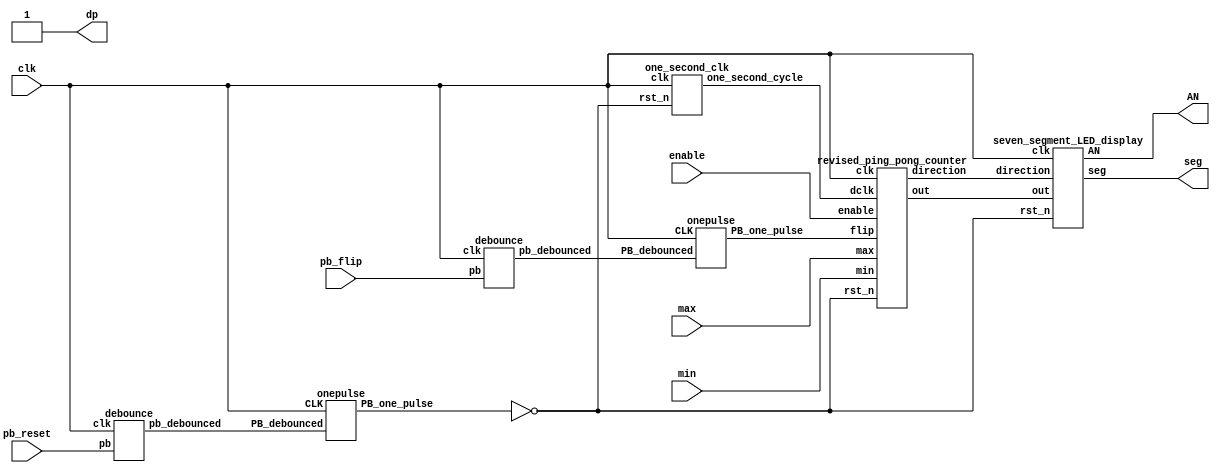
`timescale 10ns / 10ps
//////////////////////////////////////////////////////////////////////////////////
// Company: 
// Engineer: 
// 
// Design Name: 
// Module Name: Lab3_TeamX_Parameterized_Ping_Pong_Counter_fpga
// Project Name: 
// Target Devices: 
// Tool Versions: 
// Description: 
// 
// Dependencies: 
// 
// Revision:
// Revision 0.01 - File Created
// Additional Comments:
// 
//////////////////////////////////////////////////////////////////////////////////


module Lab3_Team30_Parameterized_Ping_Pong_Counter_fpga(clk, pb_reset, enable, pb_flip, max, min, AN, seg, dp);
input clk, pb_reset, pb_flip;
input enable;
input [3:0] max;
input [3:0] min;
output [3:0] AN;
output [0:6] seg;
output dp;

wire [3:0] out;
wire direction;
wire pb_reset_debounced;
wire pb_reset_one_pulse;
wire pb_flip_debounced;
wire pb_flip_one_pulse;
wire rst_n;
//wire flip;
wire dclk;
// one second cycle
one_second_clk one_second(clk, rst_n, dclk);
// reset push button
debounce reset_db(pb_reset_debounced, pb_reset, clk);
onepulse reset_one_pulse(pb_reset_debounced, clk, pb_reset_one_pulse);
// flip push button
debounce flip_db(pb_flip_debounced, pb_flip, clk);
onepulse flip_one_pulse(pb_flip_debounced, clk, pb_flip_one_pulse);

seven_segment_LED_display segment_display(clk, rst_n, out, direction, AN, seg);
revised_ping_pong_counter Ping_Counter(clk, dclk, rst_n, enable, pb_flip_one_pulse, max, min, direction, out);
assign dp = 1'b1;
assign rst_n = ~pb_reset_one_pulse;

endmodule

module revised_ping_pong_counter(clk, dclk, rst_n, enable, flip, max, min, direction, out);
input clk, dclk, rst_n;
input enable;
input flip;
input [3:0] max;
input [3:0] min;
output direction;
output [3:0] out;

reg [3:0] out;
reg direction;
reg [3:0]next_num;
reg next_dir;

always@(posedge clk)begin
    if(rst_n == 1'b1)begin
        if(dclk)begin
            if(enable == 1'b1 && max > min && flip == 1'b1)begin
                out <= out;
                direction <= ~direction;
            end
            else begin
                out <= next_num;
                direction <= next_dir;
            end
        end
        else begin
            if(enable == 1'b1 && max > min && flip == 1'b1)begin
                out <= out;
                direction <= ~direction;
            end
            else begin
                out <= out;
                direction <= direction;
            end
        end
    end
    else begin
        out <= min;
        direction <= 1'b1;
    end
end
always@(*)begin
    if(enable == 1'b1)begin
        if(max > min)begin
            if(out > max || out < min)next_num = out;
            else begin
                if(next_dir == 1'b1) next_num = out + 4'b0001;
                else next_num = out - 4'b0001;
            end
        end
        else next_num = out;
        end
    else next_num = out;
end
always@(*)begin
    if(enable == 1'b1)begin
        if(max > min)begin
            if(out > max || out < min) next_dir = direction;
            else begin
                if(out == min) next_dir = 1'b1;
                else if(out == max) next_dir = 1'b0;
                else next_dir = direction;
            end
        end
        else next_dir = direction;
    end
    else next_dir = direction;
end
endmodule

module debounce (pb_debounced, pb, clk);
input clk;
input pb;
output pb_debounced;
reg [3:0] DFF;
always@(posedge clk)begin
    DFF[3:1]<= DFF[2:0];
    DFF[0]<=pb;
end
assign pb_debounced = (DFF==4'b1111) ? 1'b1 : 1'b0;
endmodule

module one_second_clk(clk, rst_n, one_second_cycle);
input clk, rst_n;
output one_second_cycle;
reg [26:0] one_second_counter;
reg [26:0] next_count;
always @(posedge clk)
    begin
        if(rst_n==1'b0)
            one_second_counter <= 27'd0;
        else begin
            one_second_counter <= next_count;
        end
    end
always@(*)begin
    if(one_second_counter == 27'd99999999) next_count = 27'd0;
    else next_count = one_second_counter + 27'd1;
end
assign one_second_cycle = (one_second_counter==27'd99999999)? 1'b1:1'b0;
endmodule

module seven_segment_LED_display(clk, rst_n, out, direction, AN, seg);
input clk;
input rst_n;
input [3:0]out;
input direction;
output [3:0] AN;
output [0:6]seg;

reg [0:6] seg;
reg [3:0] AN;
reg [18:0] refresh_counter;// first 17bit creating 1ms
wire [18:0] next_refresh_count;
wire [1:0] activating_LED;

always@(posedge clk)begin
    if(rst_n == 1'b0)begin
        refresh_counter = 19'b0000000000000000000;
    end
    else begin
        refresh_counter <= next_refresh_count;
    end
end
assign next_refresh_count = refresh_counter + 19'b0000000000000000001;
assign activating_LED = refresh_counter[18:17];

always@(*)begin
    case(activating_LED)
    2'b00:begin
        AN = 4'b0111;
    end
    2'b01:begin
        AN = 4'b1011;
    end
    2'b10:begin
        AN = 4'b1101;
    end
    2'b11:begin
        AN = 4'b1110;
    end
    default:begin
        AN = 4'b1110; 
    end
    endcase
end
always@(*)begin
    if(AN == 4'b0111)begin
        if(out >= 4'b1010)seg = 7'b1001111; // 1
        else seg = 7'b0000001;// 0
    end
    else if(AN == 4'b1011)begin
        if(out == 4'b0000 || out == 4'b1010)seg = 7'b0000001;//0
        else if(out == 4'b0001 || out == 4'b1011)seg = 7'b1001111; //1
        else if(out == 4'b0010 || out == 4'b1100)seg = 7'b0010010;//2
        else if(out == 4'b0011 || out == 4'b1101)seg = 7'b0000110;//3
        else if(out == 4'b0100 || out == 4'b1110)seg = 7'b1001100;//4
        else if(out == 4'b0101 || out == 4'b1111)seg = 7'b0100100;//5
        else if(out == 4'b0110)seg = 7'b0100000;//6
        else if(out == 4'b0111)seg = 7'b0001101;//7
        else if(out == 4'b1000)seg = 7'b0000000;//8
        else seg = 7'b0000100;//9
    end
    else if (AN == 4'b1101 || AN == 4'b1110)begin
        if(direction == 1'b1)begin
            seg = 7'b0011101;//up
        end
        else if(direction == 1'b0)begin
            seg = 7'b1100011;//down
        end
        else seg = 7'b1111111;
    end
    else seg = 7'b1111111;
end

endmodule

module onepulse (PB_debounced, CLK, PB_one_pulse);
input CLK;
input PB_debounced;
output PB_one_pulse;
reg PB_one_pulse;
reg pb_delay;
always@(posedge CLK)begin
    PB_one_pulse <= PB_debounced & (!pb_delay);
    pb_delay <= PB_debounced;
end
endmodule